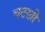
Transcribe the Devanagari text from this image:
चटखी